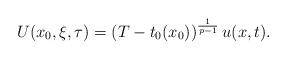
LaTeX: \begin{align*}U (x_0, \xi, \tau) = \left( T - t_0 (x_0)\right)^{\frac{1}{p-1}} u(x,t).\end{align*}